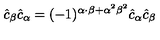
\hat { c } _ { \beta } \hat { c } _ { \alpha } = ( - 1 ) ^ { \alpha \cdot \beta + { \alpha } ^ { 2 } { \beta } ^ { 2 } } \hat { c } _ { \alpha } \hat { c } _ { \beta }